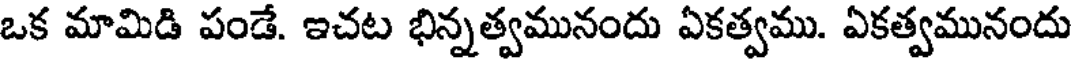
ఒక మామిడి పండే. ఇచట భిన్నత్వమునందు ఏకత్వము. ఏకత్వమునందు